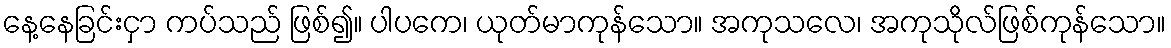
နေ့နေခြင်းငှာ ကပ်သည် ဖြစ်၍။ ပါပကေ၊ ယုတ်မာကုန်သော။ အကုသလေ၊ အကုသိုလ်ဖြစ်ကုန်သော။